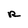
Character: R